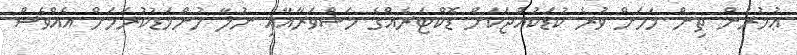
ޢުމުރުން ތިން މަހަށް ވުރެ ކުޑަކުއްޖަކަށް ޑޮކްޓަރެއްގެ މަޝްވަރާއާއި ނުލާ ހުންމަޑުކުރަމަށް އެއްވެސް